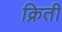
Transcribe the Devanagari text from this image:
क्रिती